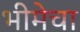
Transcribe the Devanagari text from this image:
भीमेचा